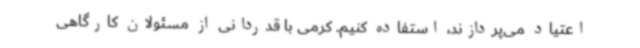
اعتیاد می‌پردازند، استفاده کنیم. کرمی با قدردانی از مسئولان کارگاهی